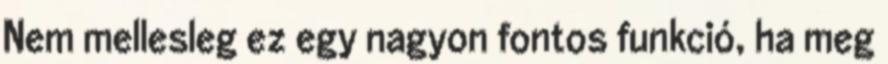
Nem mellesleg ez egy nagyon fontos funkció, ha meg